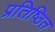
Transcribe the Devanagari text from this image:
प्रतिष्ठित